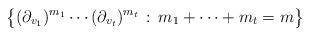
LaTeX: \begin{align*}\big\{(\partial_{v_1})^{m_1}\cdots (\partial_{v_t})^{m_t}\, :\, m_1+\cdots+m_t=m\big\}\end{align*}